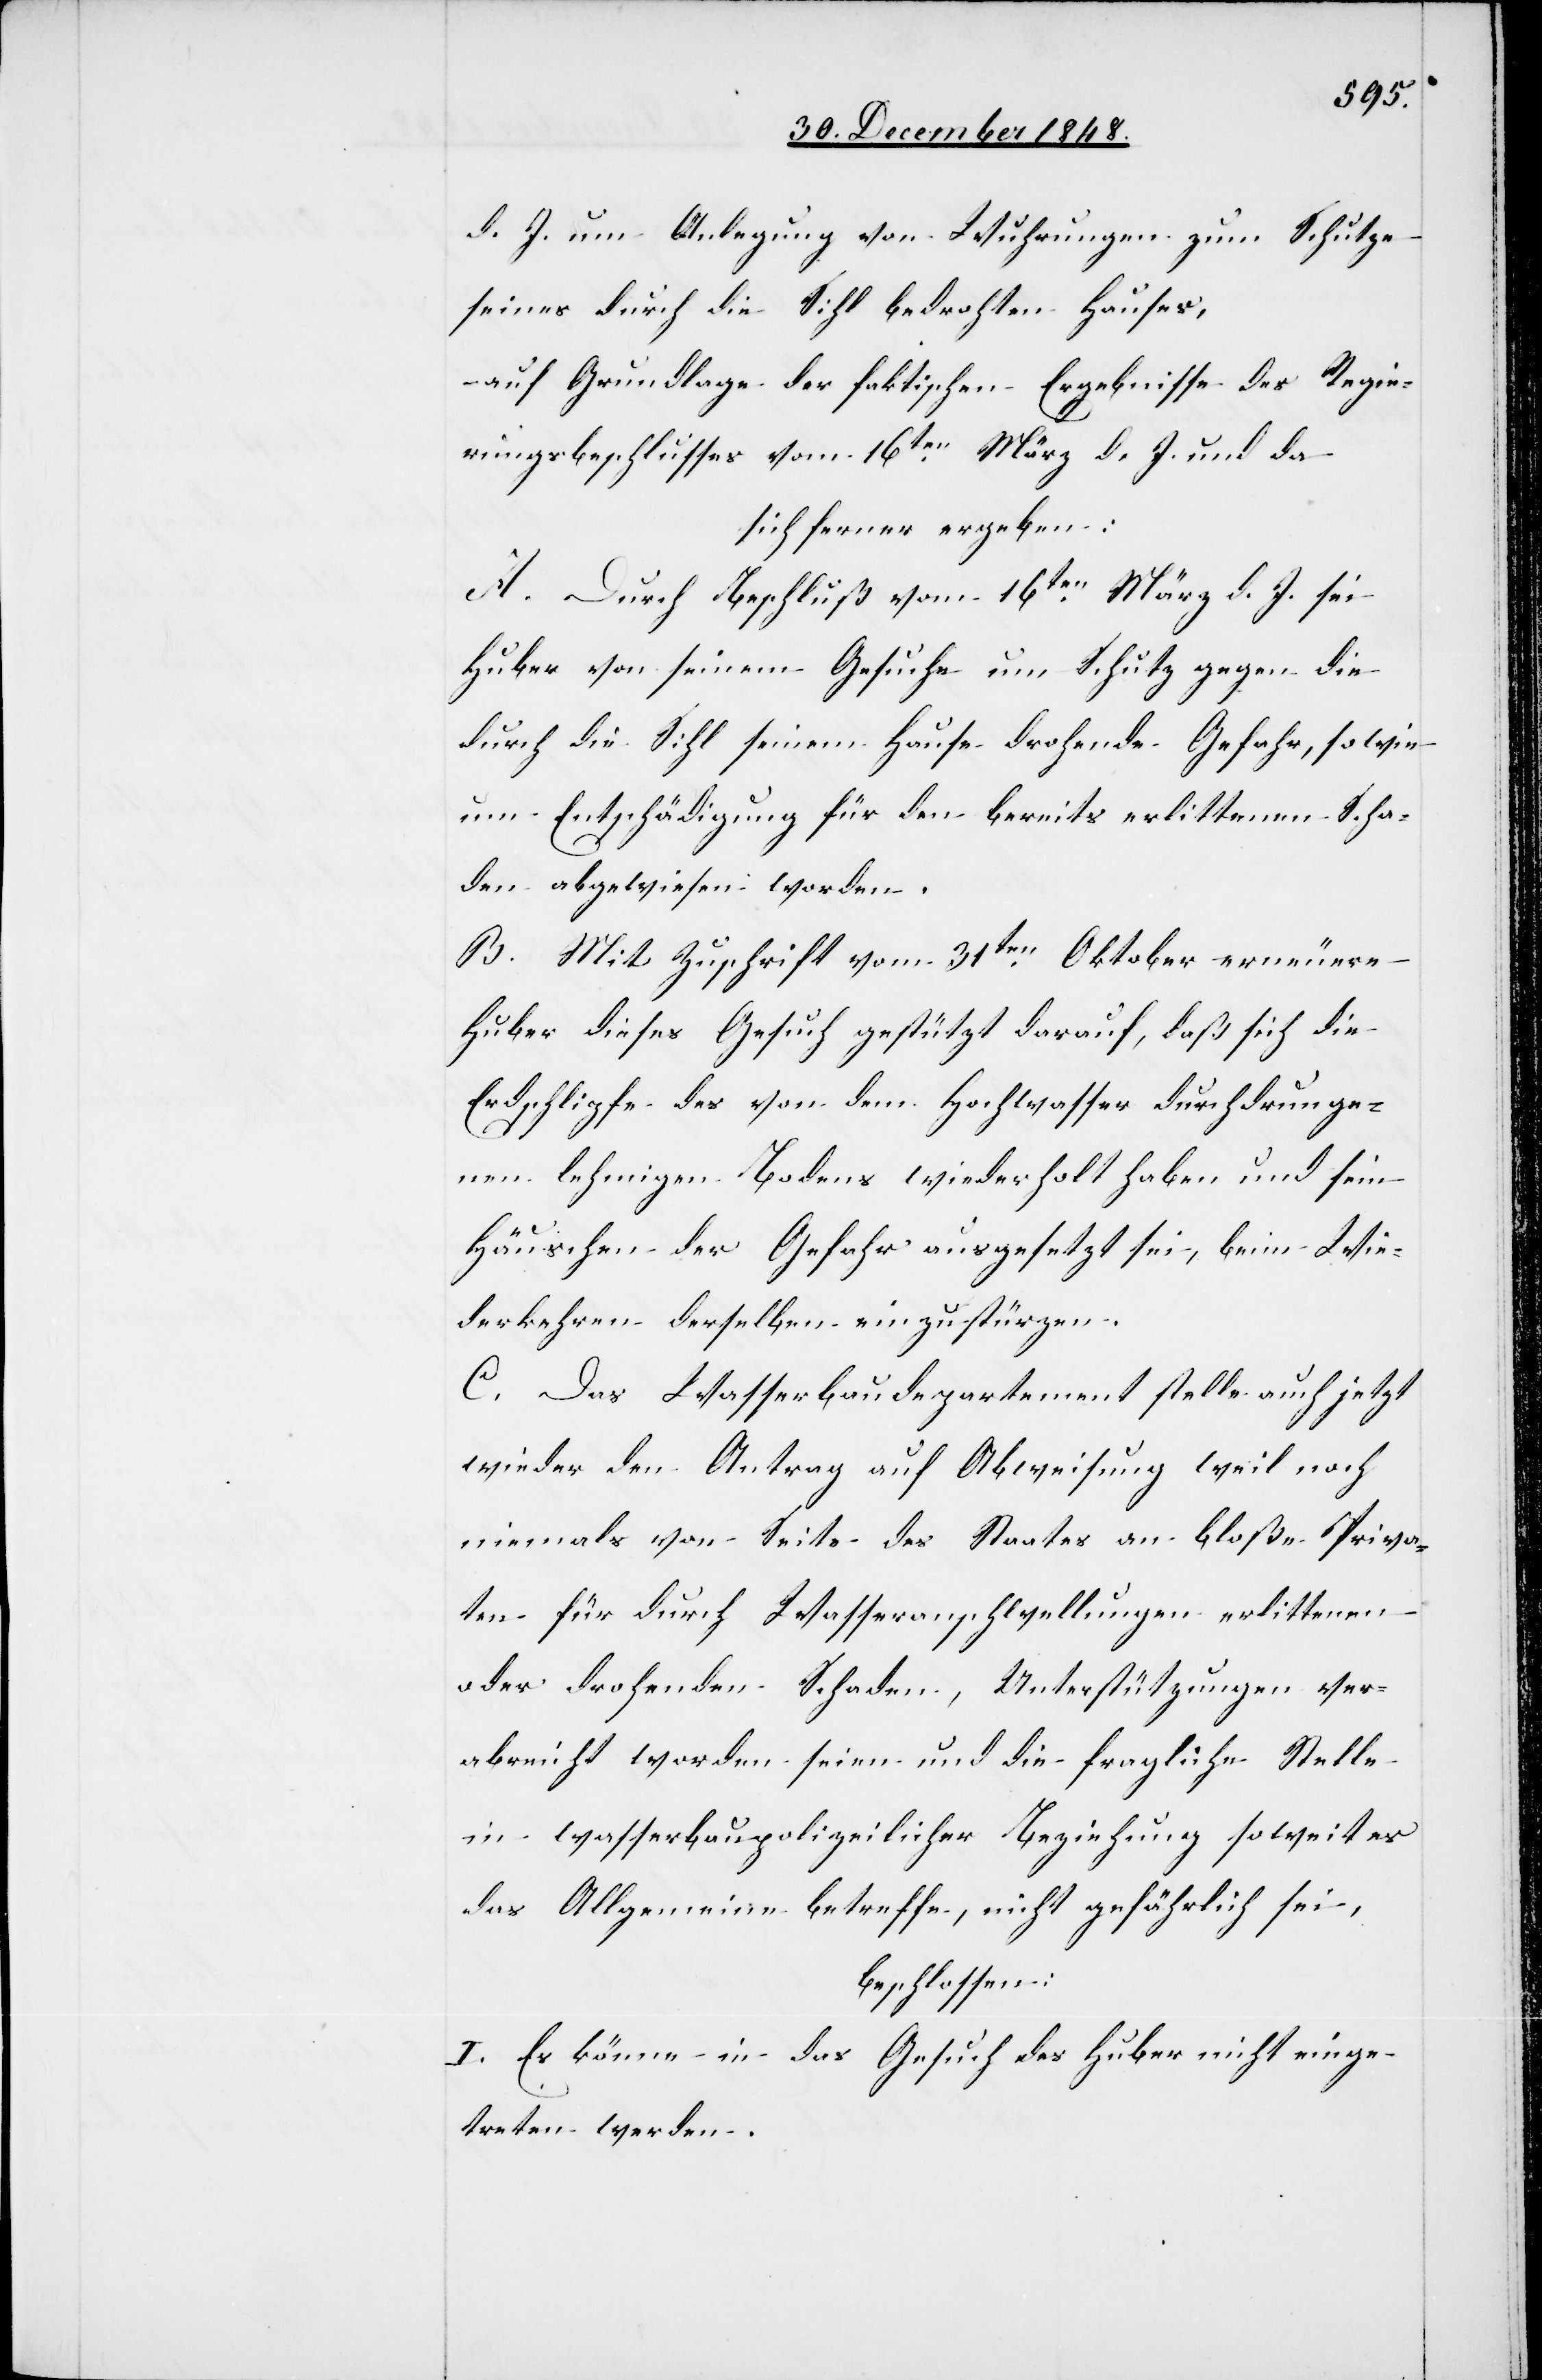
d. J. um Anlegung von Wuhrungen zum Schutze
seines durch die Sihl bedrohten Hauses,
– auf Grundlage der faktischen Ergebnisse des Regie¬
rungsbeschlusses vom 16ten März d. J. und da
sich ferner ergeben:
A. Durch Beschluß vom 16ten März d. J. sei
Huber von seinem Gesuche um Schutz gegen die
durch die Sihl seinem Hause drohende Gefahr, sowie
um Entschädigung für den bereits erlittenen Scha¬
den abgewiesen worden.
B. Mit Zuschrift vom 31ten Oktober erneuere
Huber dieses Gesuch gestützt darauf, das sich die
Erdschlipfe des von dem Hochwasser durchdrunge¬
nen lehmigen Bodens wiederholt haben und sein
Häuschen der Gefahr ausgesetzt sei, beim Wie¬
derkehren derselben einzustürzen.
C. Das Wasserbaudepartement stelle auch jetzt
wieder den Antrag auf Abweisung weil noch
niemals von Seite des Staates an bloße Priva¬
ten für durch Wasseranschwellungen erlittenen
oder drohenden Schaden, Unterstützungen ver¬
abreicht worden seien und die fragliche Stelle
in wasserbaupolizeilicher Beziehung soweit es
das Allgemeine betreffe, nicht gefährlich sei,
beschlossen:
I. Es könne in das Gesuch des Huber nicht einge¬
treten werden.